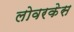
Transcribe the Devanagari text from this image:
लोवरकेस